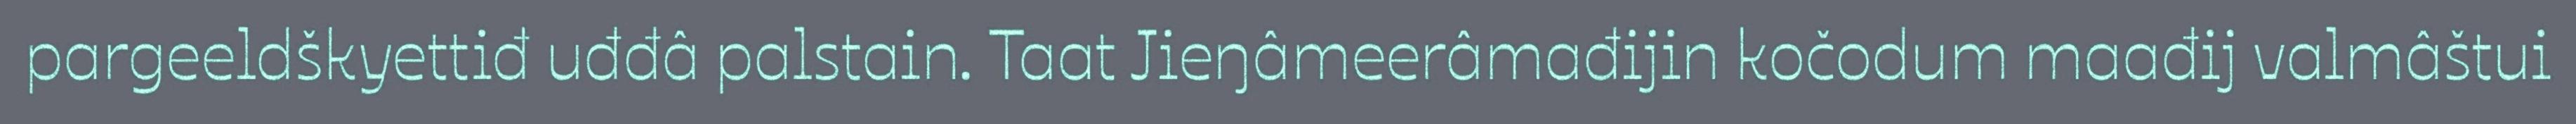
pargeeldškyettiđ uđđâ palstain. Taat Jieŋâmeerâmađijin kočodum maađij valmâštui